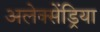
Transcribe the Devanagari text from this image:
अलेक्सेंड्रिया